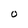
Character: 0